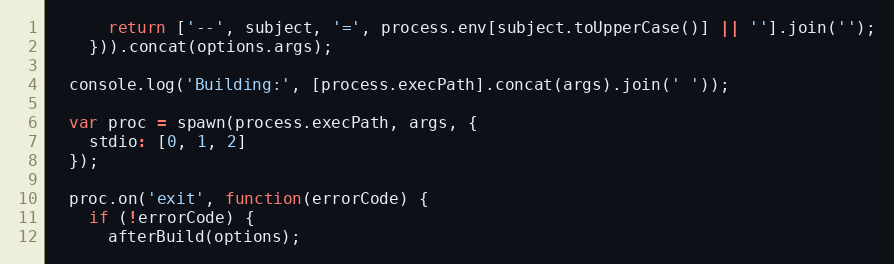
Language: JavaScript
      return ['--', subject, '=', process.env[subject.toUpperCase()] || ''].join('');
    })).concat(options.args);

  console.log('Building:', [process.execPath].concat(args).join(' '));

  var proc = spawn(process.execPath, args, {
    stdio: [0, 1, 2]
  });

  proc.on('exit', function(errorCode) {
    if (!errorCode) {
      afterBuild(options);